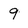
Character: 9